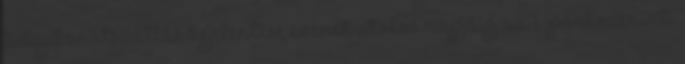
tulajdonátszállás bejelentése évének utolsó napjáig az 1. pont szerinti